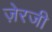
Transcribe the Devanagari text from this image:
ज़ेरजी